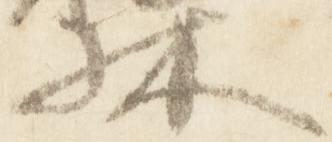
林